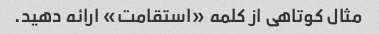
مثال کوتاهی از کلمه «استقامت» ارائه دهید.